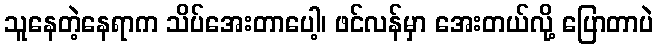
သူနေတဲ့နေရာက သိပ်အေးတာပေါ့၊ ဖင်လန်မှာ အေးတယ်လို့ ပြောတာပဲ